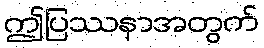
ဤပြဿနာအတွက်